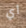
أي